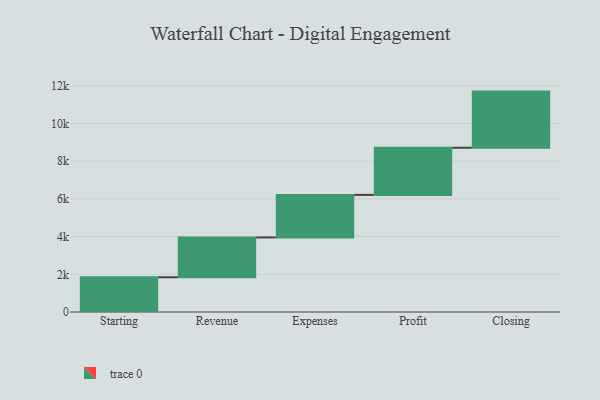
{"axis": {"x": "Step", "y": "Value"}, "legend": [""], "data": [{"x": "Starting", "y": 1843.0, "type": ""}, {"x": "Revenue", "y": 2113.0, "type": ""}, {"x": "Expenses", "y": 2257.0, "type": ""}, {"x": "Profit", "y": 2501.0, "type": ""}, {"x": "Closing", "y": 2978.0, "type": ""}]}